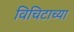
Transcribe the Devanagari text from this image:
विचिटाच्या